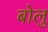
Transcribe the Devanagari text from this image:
बोलु